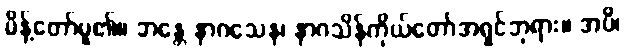
မိန့်တော်မူ၏။ ဘန္တေ နာဂသေန၊ နာဂသိန်ကိုယ်တော်အရှင်ဘုရား။ အပိ၊